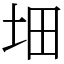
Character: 𡊰